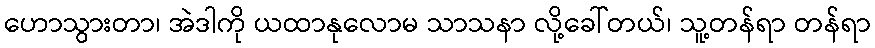
ဟောသွားတာ၊ အဲဒါကို ယထာနုလောမ သာသနာ လို့ခေါ်တယ်၊ သူ့တန်ရာ တန်ရာ